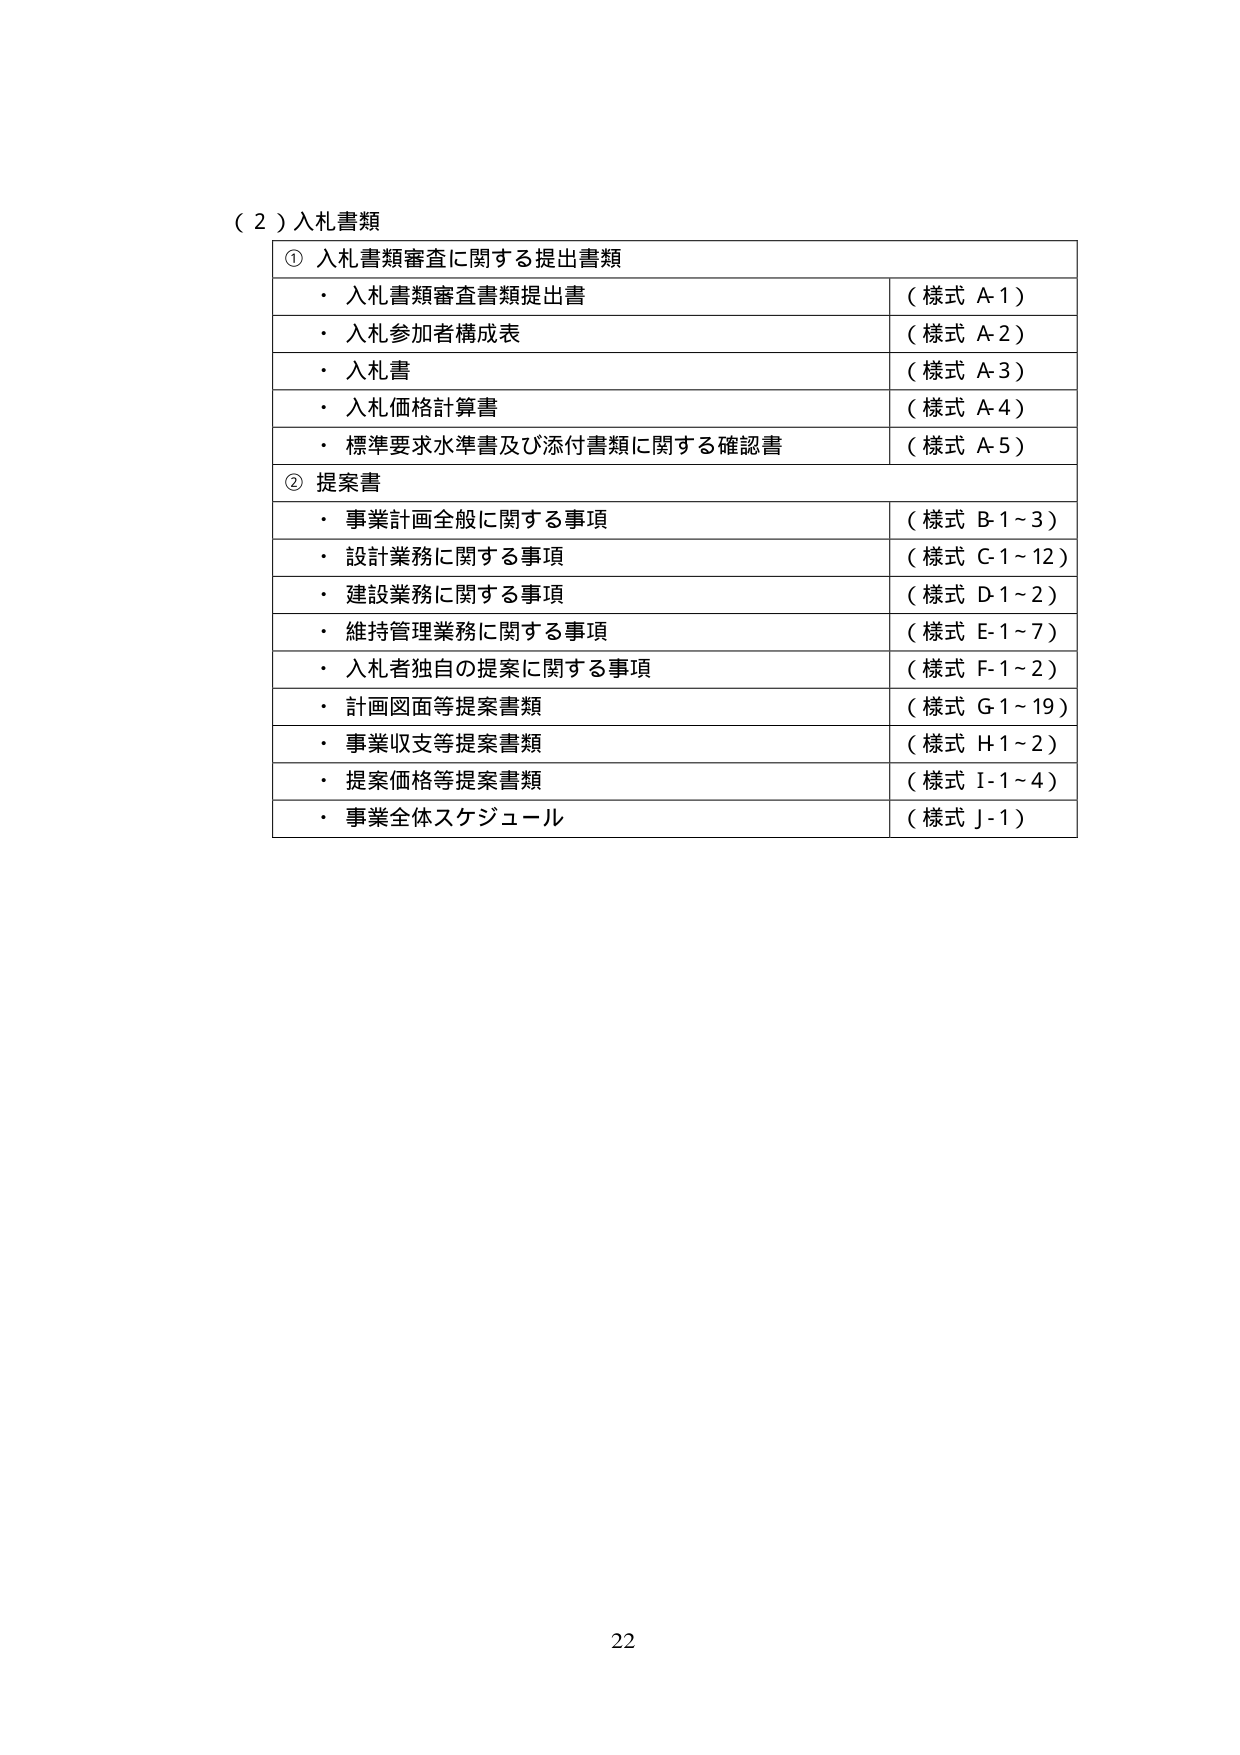
（２）入札書類

① 入札書類審査に関する提出書類
・ 入札書類審査書類提出書 （様式 A-1）
・ 入札参加者構成表 （様式 A-2）
・ 入札書 （様式 A-3）
・ 入札価格計算書 （様式 A-4）
・ 標準要求水準書及び添付書類に関する確認書 （様式 A-5）

② 提案書
・ 事業計画全般に関する事項 （様式 B-1～3）
・ 設計業務に関する事項 （様式 C-1～12）
・ 建設業務に関する事項 （様式 D-1～2）
・ 維持管理業務に関する事項 （様式 E-1～7）
・ 入札者独自の提案に関する事項 （様式 F-1～2）
・ 計画図面等提案書類 （様式 G-1～19）
・ 事業収支等提案書類 （様式 H-1～2）
・ 提案価格等提案書類 （様式 I-1～4）
・ 事業全体スケジュール （様式 J-1）

22